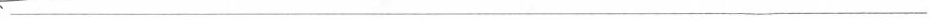
___